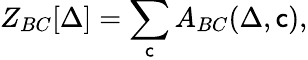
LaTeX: Z_{BC}[\Delta]=\sum_{\mathsf{c}}A_{BC}(\Delta,\mathsf{c}),